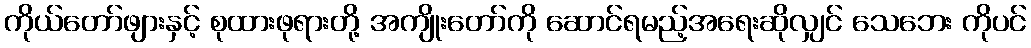
ကိုယ်တော်ဖျားနှင့် စုထားဖုရားတို့ အကျိုးတော်ကို ဆောင်ရမည့်အရေးဆိုလျှင် သေဘေး ကိုပင်